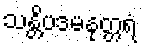
သန္တိပဒမနုတ္တရံ